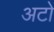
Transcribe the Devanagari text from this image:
अटो